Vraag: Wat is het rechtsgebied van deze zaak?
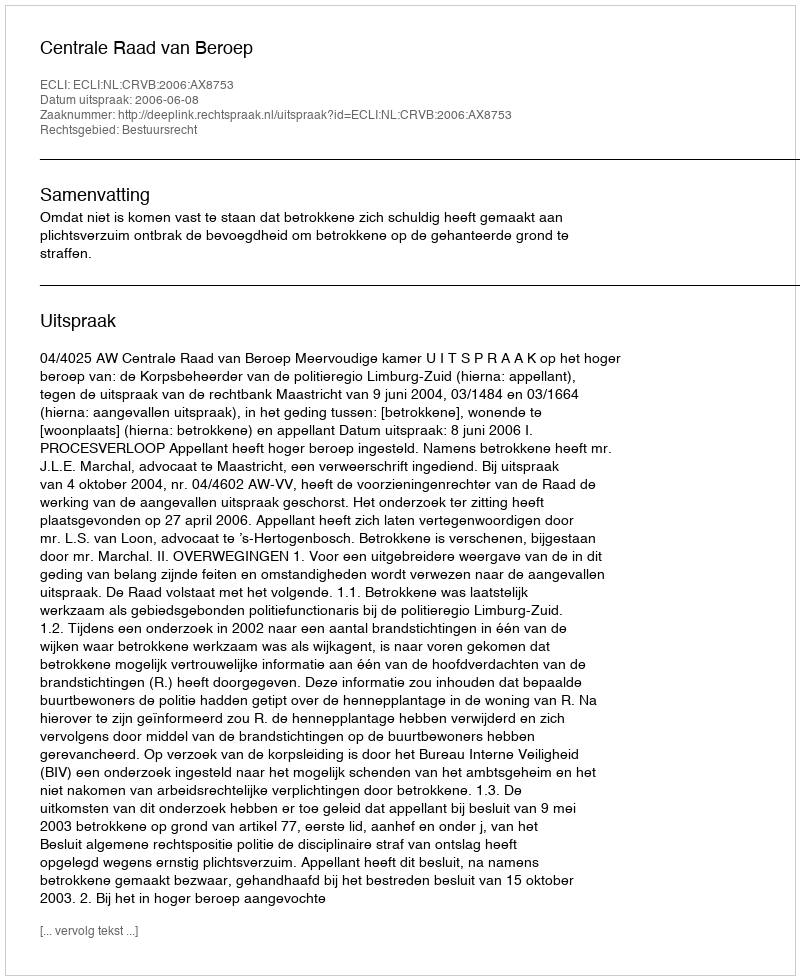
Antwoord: Bestuursrecht